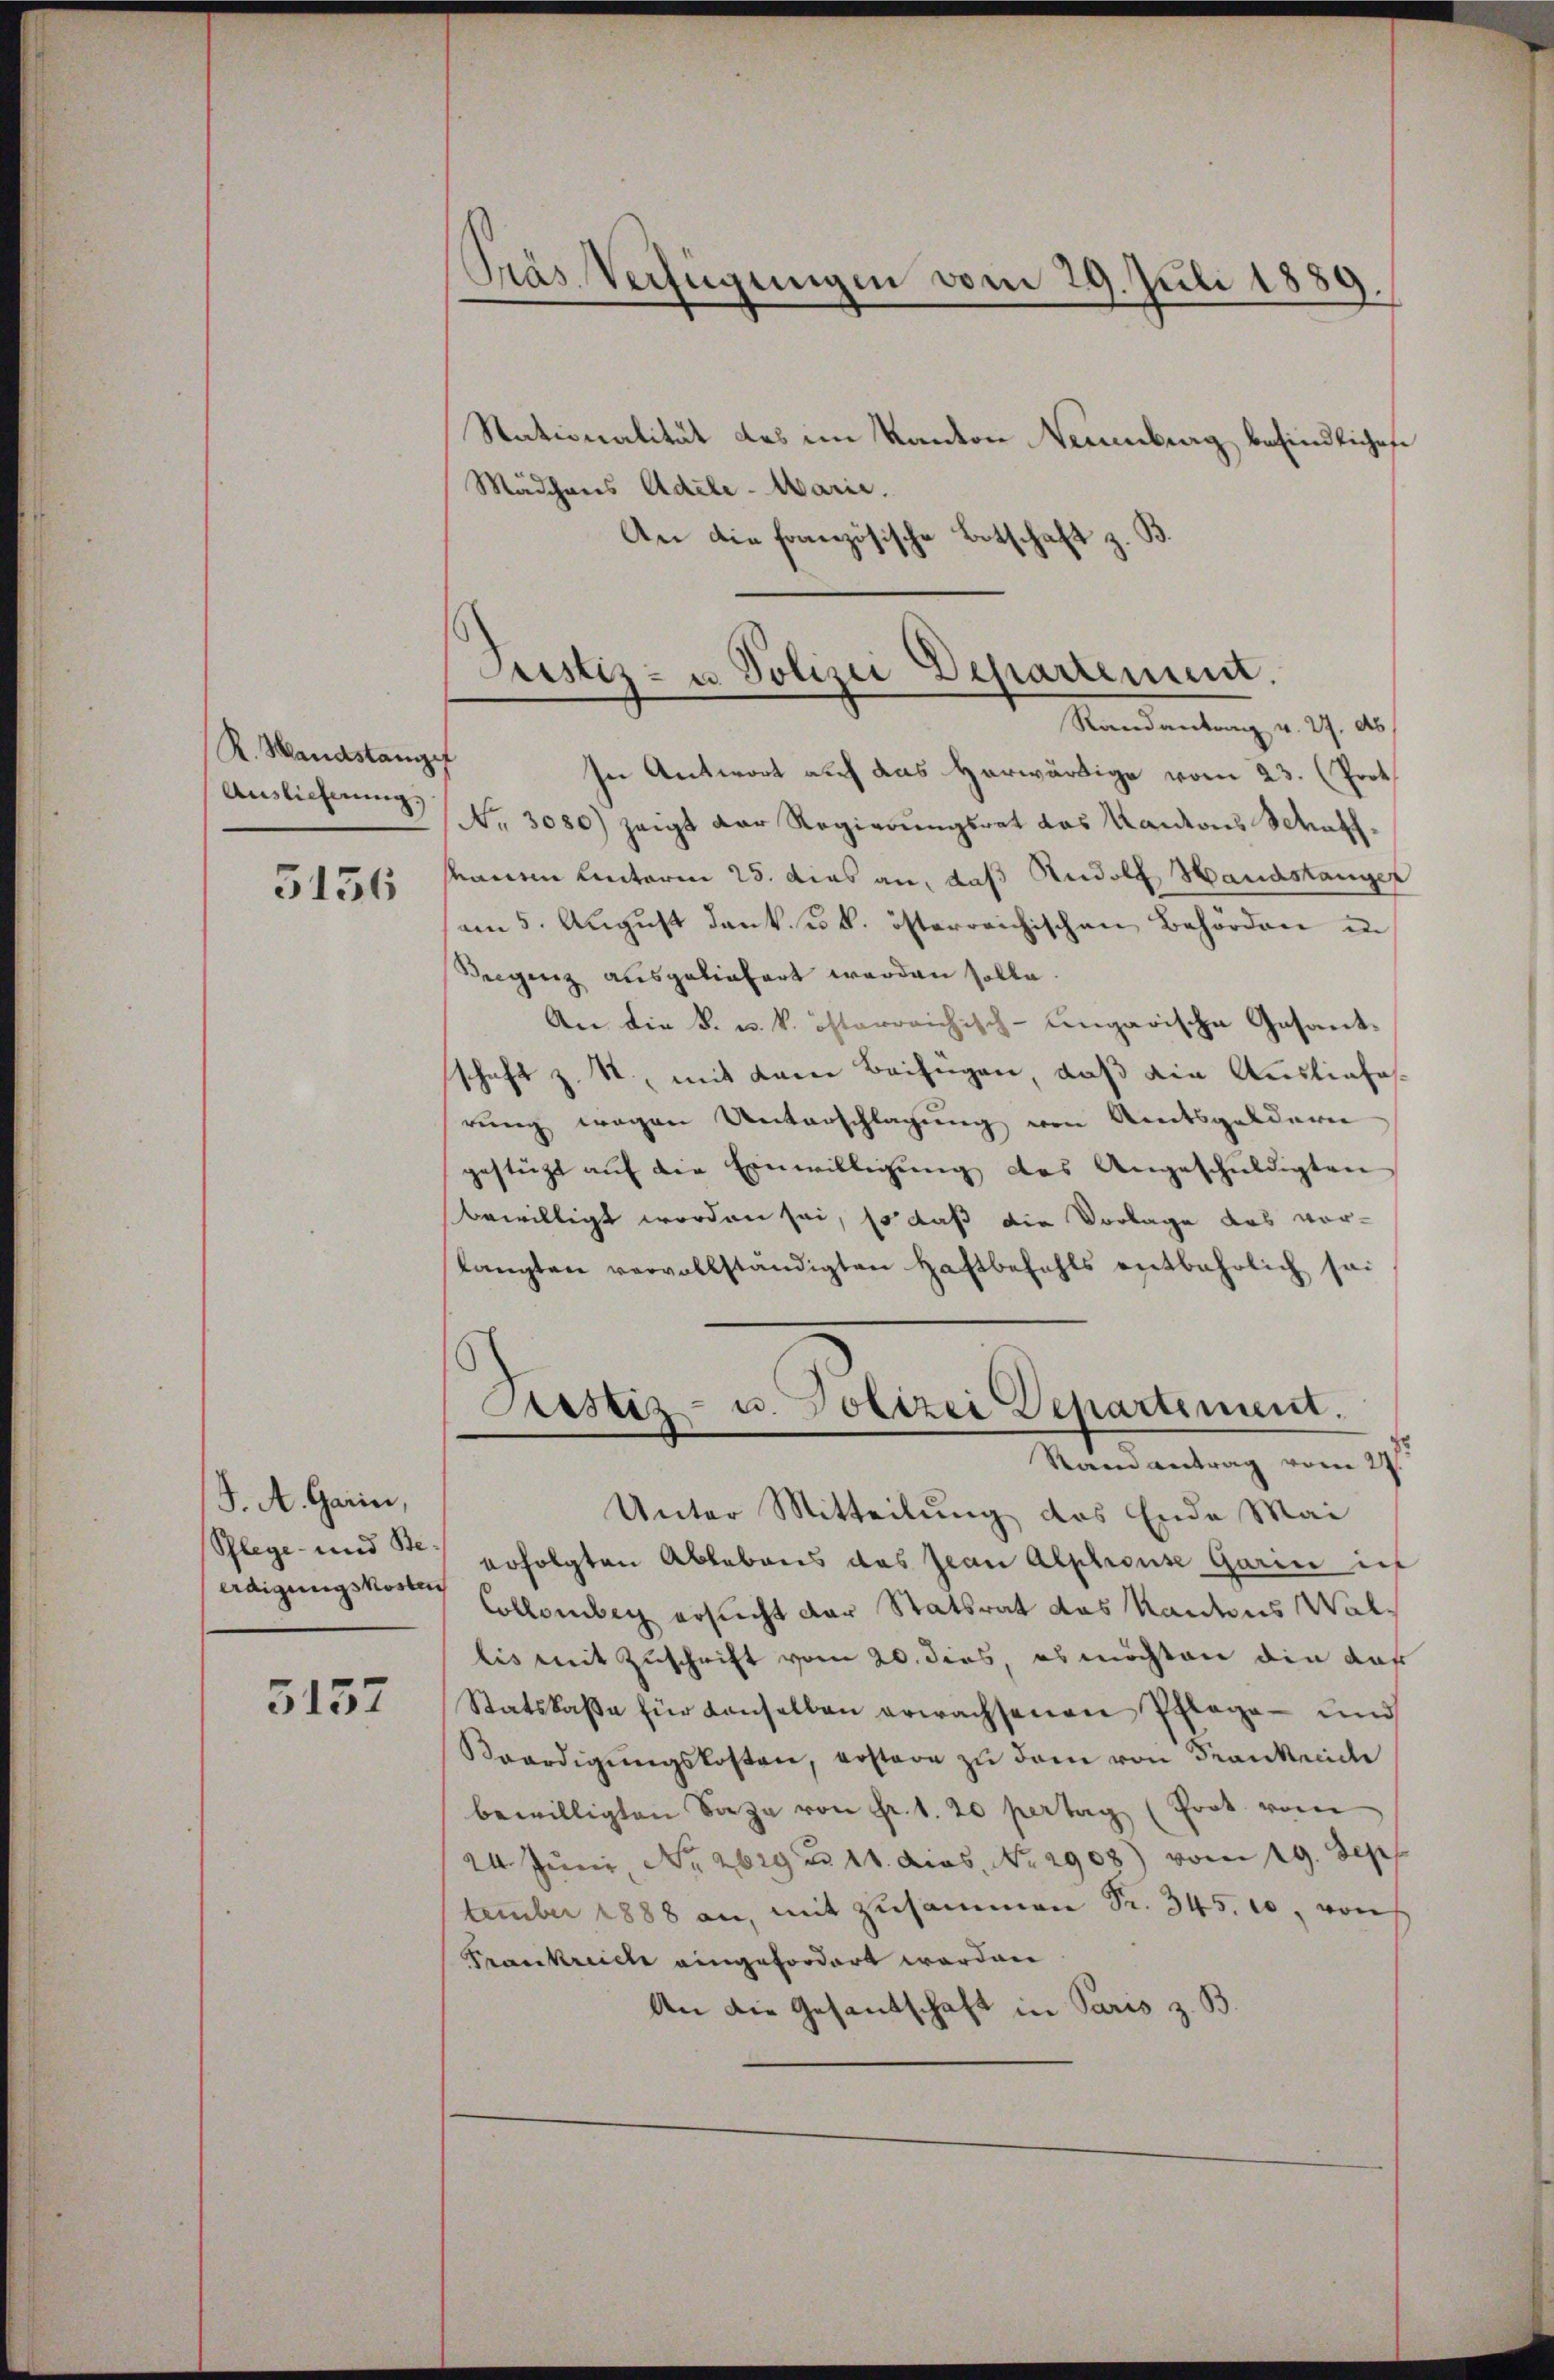
R. Handstangef
Auslieferung.

5156

J. A. Garin,
Schlege und Ste-
erdigungskosten

3137

Präs. Verfügungen vom 29. Juli 1889.

Stationalität des im Kanton Neuenburg befindliches
Mädchens Adele - Marie.
An die französische Botschaft z. B.
Randanten v. 27. ds.
In Antwort auf das Herwärtige vom 23. (Prot
No. 3080) zeigt der Regierŭngsrat das Kantons Schaff
kauen Unterm 25. dies an, daß Rudolf Handstanger
am 5. August dank. k. k. österreichischen Behörden in
Bregenz ausgeliefert werden solle
An die k. u. k. österreichisch-ungarische Gesandt-
schaft z. T., mit dem Beifügen, daß die Ausliefesrung wegen Unterschlagung von Amtsgeldern
gestützt aŭf die Einwilligŭng des Angeschuldigten
bewilligt worden sei, so daß die Vorlage des vor-
langten vervollständigten Haftbefahls entbehrlich sa
Sistiz- u. Polizei Departement.
Stand antrag vom 27.
Unter Mitteilung des Ende Mai
erfolgten Ablebens das Jean Alphouse Garin in
Collenber ersucht der Statsrat das Kantons Wallis mit Zuschrift vom 20. dies, es möchten die das
Statskaβe für Konselben erwachsenen Pflage - und
Beerdigŭngskosten, erstare zŭ dem von Frankreide
bewilligten Sage von Fr. 1. 20 pertag (Prot. vom
24. Juni, No 2629 u 11. dies. No. 2908) vom 19. Sep
tember 1888 an, mit zusammen Sr. 345. 10, von
Frankreiche eingefordert worden
An die Gesandschaft in Paris z. B.

Justiz- u Polizei Departement.